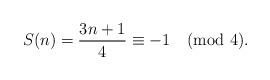
LaTeX: \begin{align*}S(n) = \frac{3n+1}{4} \equiv -1 \pmod{4}.\end{align*}